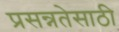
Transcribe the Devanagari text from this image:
प्रसन्नतेसाठी